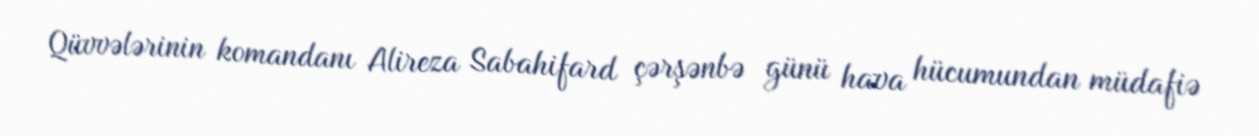
Qüvvələrinin komandanı Alireza Sabahifard çərşənbə günü hava hücumundan müdafiə